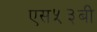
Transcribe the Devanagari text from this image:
एस५३बी